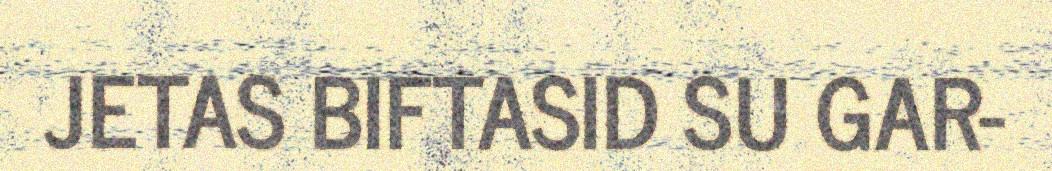
JETAS BIFTASID SU GAR-